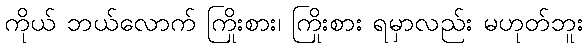
ကိုယ် ဘယ်လောက် ကြိုးစား၊ ကြိုးစား ရမှာလည်း မဟုတ်ဘူး